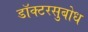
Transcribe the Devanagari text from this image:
डॉक्टरसुबोध